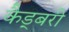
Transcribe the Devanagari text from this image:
कैड्बरी